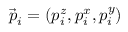
\vec { p } _ { i } = ( p _ { i } ^ { z } , p _ { i } ^ { x } , p _ { i } ^ { y } )